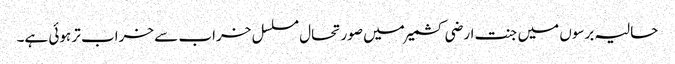
حالیہ برسوں میں جنت ارضی کشمیر میں صورتحال مسلسل خراب سے خراب تر ہوئی ہے۔